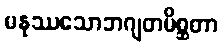
မနုဿသောဘဂျတမိစ္ဆတာ